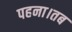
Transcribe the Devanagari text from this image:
पहना।तब